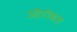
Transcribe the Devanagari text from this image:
ऑरोवल